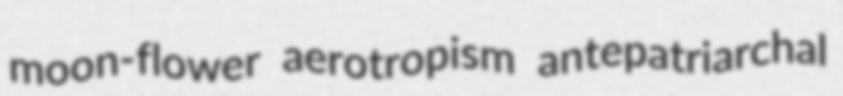
moon-flower aerotropism antepatriarchal